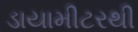
ડાયામીટરથી